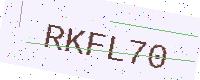
Text: RKFL70